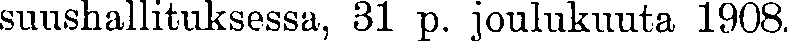
suushallituksessa, 31 p. joulukuuta 1908.